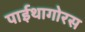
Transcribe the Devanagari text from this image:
पाईथागोरस